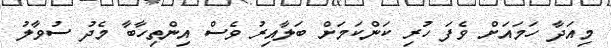
މިއަދާ ހަމައަށް ވެފަ ހުރި ކަންކަމަށް ބަލާއިރު ވެސް އިންތިހާބާ މެދު ސުވާލު